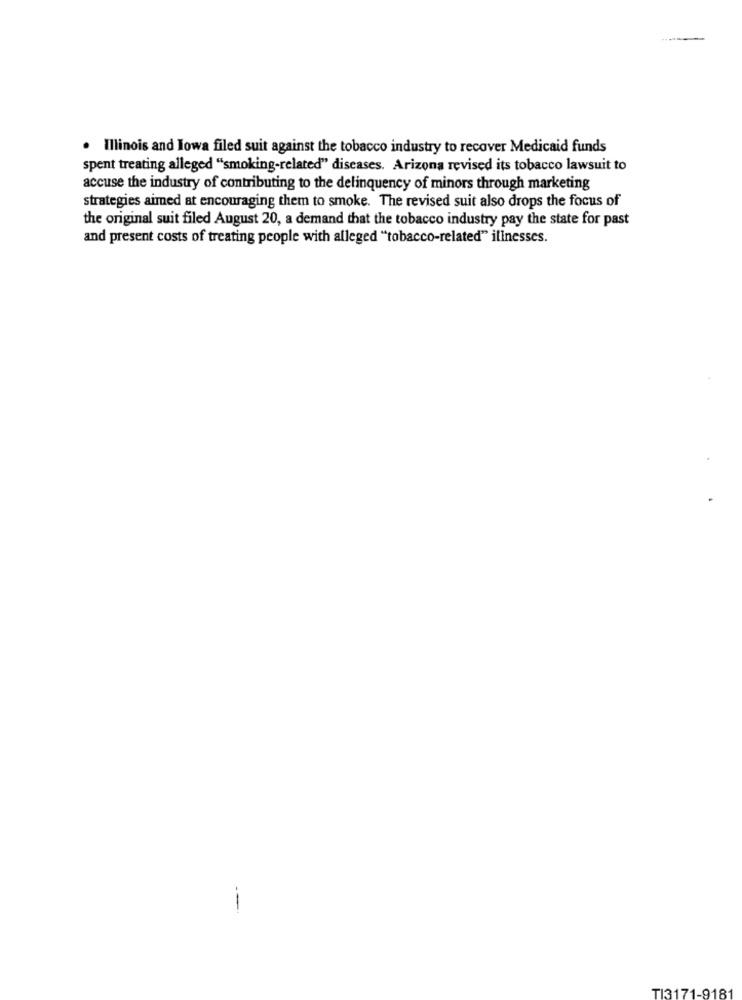
. Illinois and Iowa filed suit against the tobacco industry to recover Medicaid funds
spent treating alleged "smoking-related" diseases. Arizona revised its tobacco lawsuit to
accuse the industry of contributing to the delinquency of minors through marketing
strategies aimed at encouraging them to smoke. The revised suit also drops the focus of
the original suit filed August 20, a demand that the tobacco industry pay the state for past
and present costs of treating people with alleged "tobacco-related" illnesses.
TI3171-9181